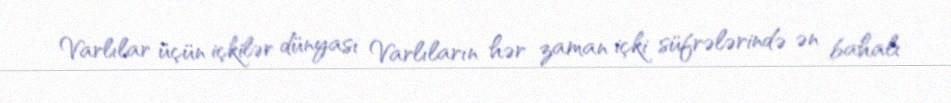
Varlılar üçün içkilər dünyası Varlıların hər zaman içki süfrələrində ən bahalı